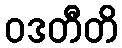
ဝဒတီတိ